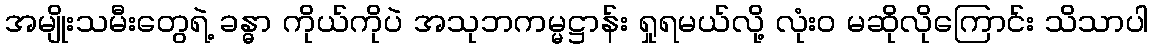
အမျိုးသမီးတွေရဲ့ ခန္ဓာ ကိုယ်ကိုပဲ အသုဘကမ္မဋ္ဌာန်း ရှုရမယ်လို့ လုံးဝ မဆိုလိုကြောင်း သိသာပါ